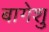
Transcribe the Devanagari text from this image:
बागेशु